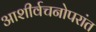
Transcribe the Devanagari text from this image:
आशीर्वचनोपरांत